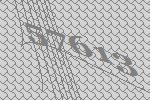
57613